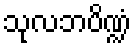
သုလဘပိဏ္ဍံ